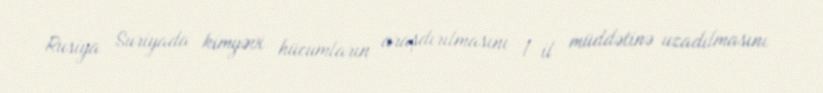
Rusiya Suriyada kimyəvi hücumların araşdırılmasını 1 il müddətinə uzadılmasını